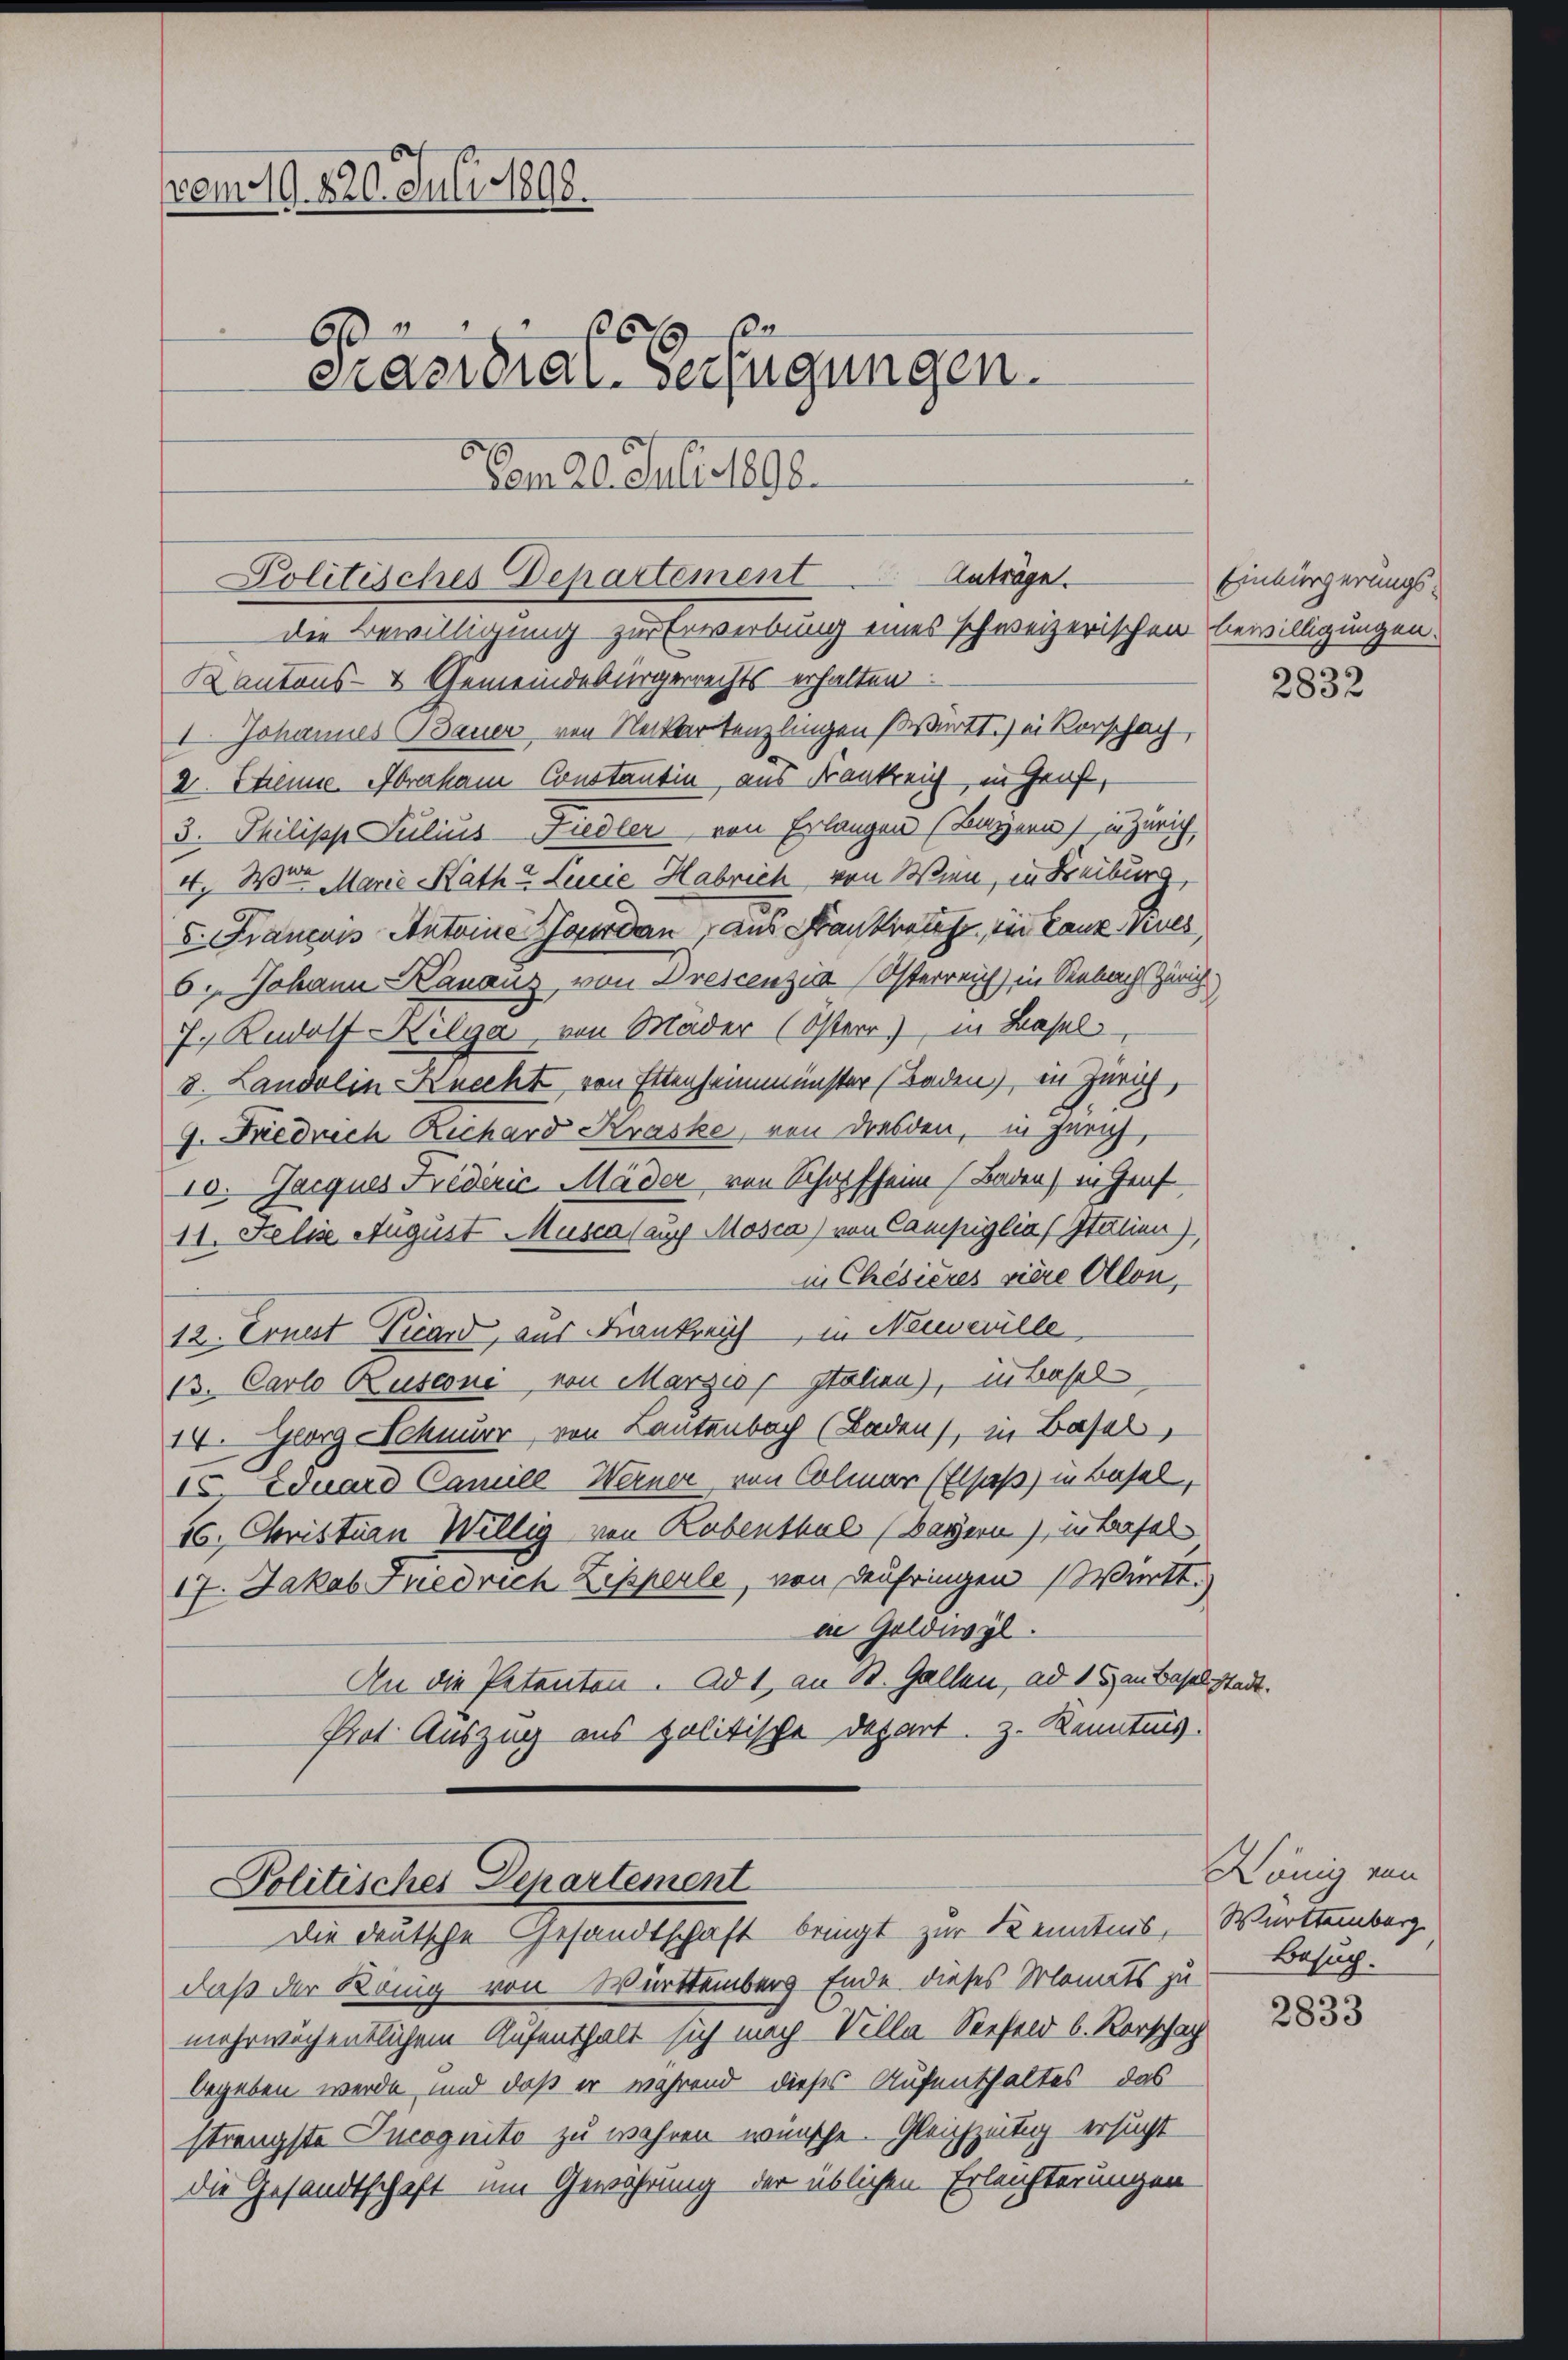
vom 19. 820. Juli 1898.
10.
60
erasidial-Verfügungen.
Dem al culirt ge

Politisches Departement Anträge.
die Bewilligung zur Erwerbung eines schweizerischen Bewilligungen.

Kantons- & Gemeindebürgerrechts erhalten.
1. Johannes Bauer von Neckartenzlingen württ.) ei Vorschach,
2. Steine Abraham Constantin, aus Frankreich in Genf,
3. Philipp Julius-Fiedler von Erlangen (Bayern) in Zürich
4. Wenn Marie-Katha Leicie Habrich von Wien, in Freiburg,
Francois Antoine Garden, aus Frankreise, ein Lanz neues
6. Johann Kanaus, von Drescenzis Osterreich in Seebach Zürich
7. Rudolf-Kilger, von Mäder (Osterr) in Basel
8. Landolin Knecht von Ettenheimmünster Baden), in Zürich,
9. Friedrich Richard Kraske, von Dresden, in juris
10. Jacques Frediric Mäder von Schopfheim Baden) in Genf
11. Felise August Musca (auch Mosca) von Campiglia, Italien),
in Chisieres viere Ollon,
12. Ernst Vicard, aus Frankreich in Neinwille
13. Carlo Rusconi, von Marzio, Italien), in Basel
14. Georg Scheuer, von Lantenbach (Laden), in Basel,
15. Eduard Camile-Werner von Colmar (Elsaß) in Basel,
16. Christian Willig von Rabenthal (Bayern), in Basel¬
17. Jakob Friedrich Zipperle, von Deufringen Württ.)
ei Geldwyl.
An die Petenten. Ad 1, an St. Gallen, ad 15 an Baselst
Prot. Auszug aus politische Depart z. Kenntnis.

olitisches Departement
Die deutsche Gesandtschaft bringt zur Kenntnis,

daß der König von Württemberg Ende dieses Monats zu
mehrwöchentlichem Aufenthalt sich nach-Villa-Seefeld b. Rorschach
begeben werde und daß er während dieses Aufenthaltes, das
strengste Pucognito zu wahren wünsche. Gleichzeitig ersucht
die Gesandtschaft um Gewährung der üblichen Erleichterungen

Einbürgerungs¬

it.

2832

König von
Württemberg
Besuch.

2833